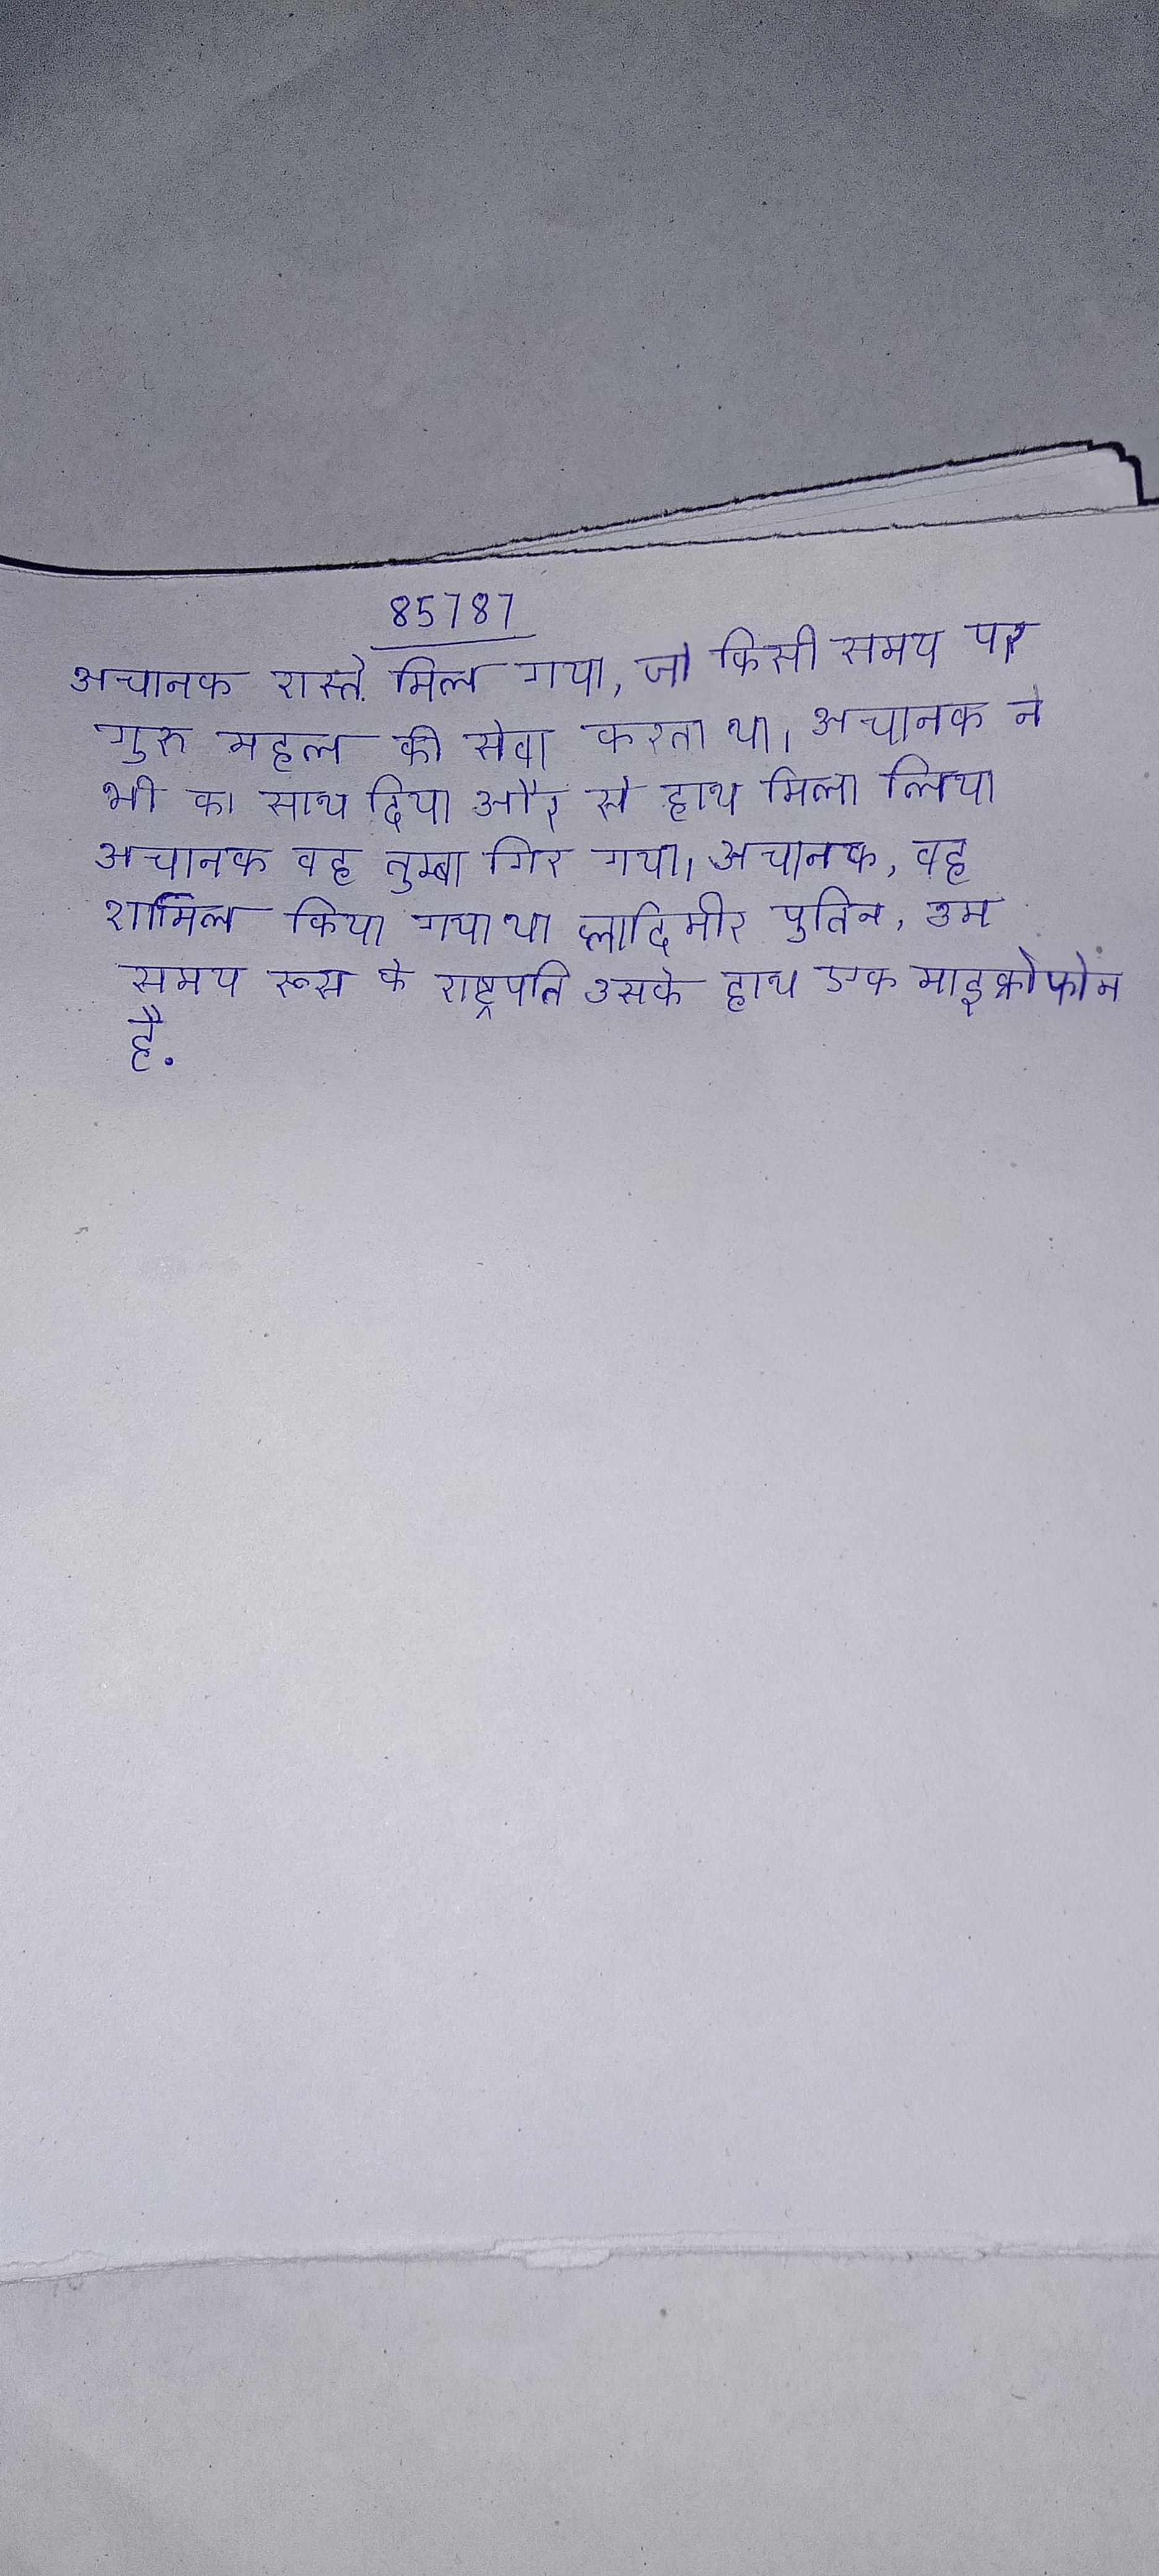
अचानक रास्ते मिल गया, जो किसी समय पर गुरु महल की सेवा करता था । अचानक ने भी का साथ दिया और से हाथ मिला लिया । अचानक वह तुम्बा गिर गया । अचानक, वह शामिल किया गया था व्लादिमीर पुतिन, उस समय रूस के राष्ट्रपति उसके हाथ एक माइक्रोफोन है .